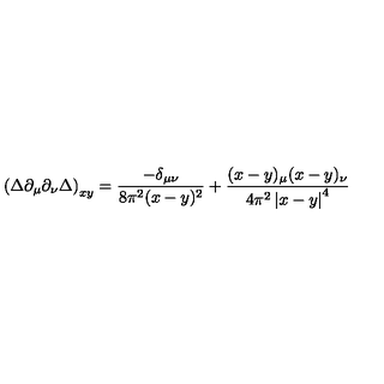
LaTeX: \left( \Delta \partial _ { \mu } \partial _ { \nu } \Delta \right) _ { x y } = \frac { - \delta _ { \mu \nu } } { 8 \pi ^ { 2 } ( x - y ) ^ { 2 } } + \frac { ( x - y ) _ { \mu } ( x - y ) _ { \nu } } { 4 \pi ^ { 2 } \left| x - y \right| ^ { 4 } }